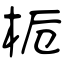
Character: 栀